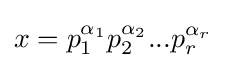
x=p_{1}^{\alpha _{1}}p_{2}^{\alpha _{2}}...p_{r}^{\alpha _{r}}